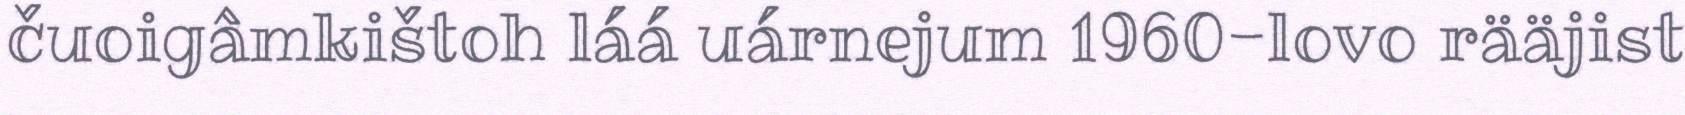
čuoigâmkištoh láá uárnejum 1960-lovo rääjist